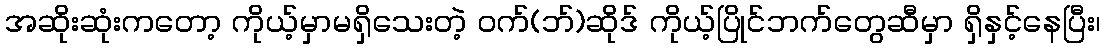
အဆိုးဆုံးကတော့ ကိုယ့်မှာမရှိသေးတဲ့ ဝက်(ဘ်)ဆိုဒ် ကိုယ့်ပြိုင်ဘက်တွေဆီမှာ ရှိနှင့်နေပြီး၊